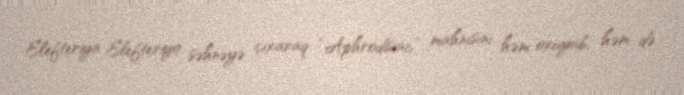
Elefteriya Elefteriyo səhnəyə çıxaraq “Aphrodisiac” mahnısını həm oxuyub, həm də